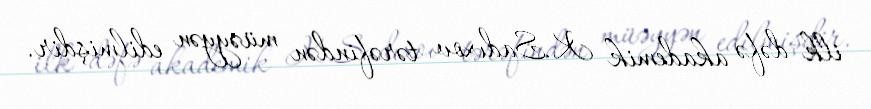
ilk dəfə akademik K.Sadıxov tərəfindən müəyyən edilmişdir.